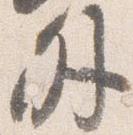
外